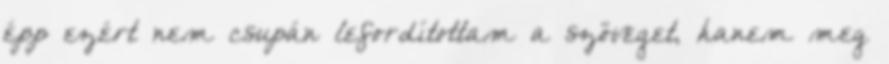
épp ezért nem csupán lefordítottam a szöveget, hanem meg